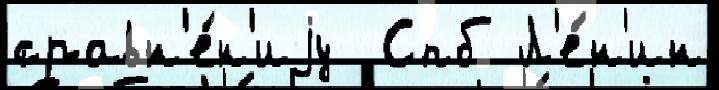
сравн'е́н'иjу  Спб Л'е́н'ин